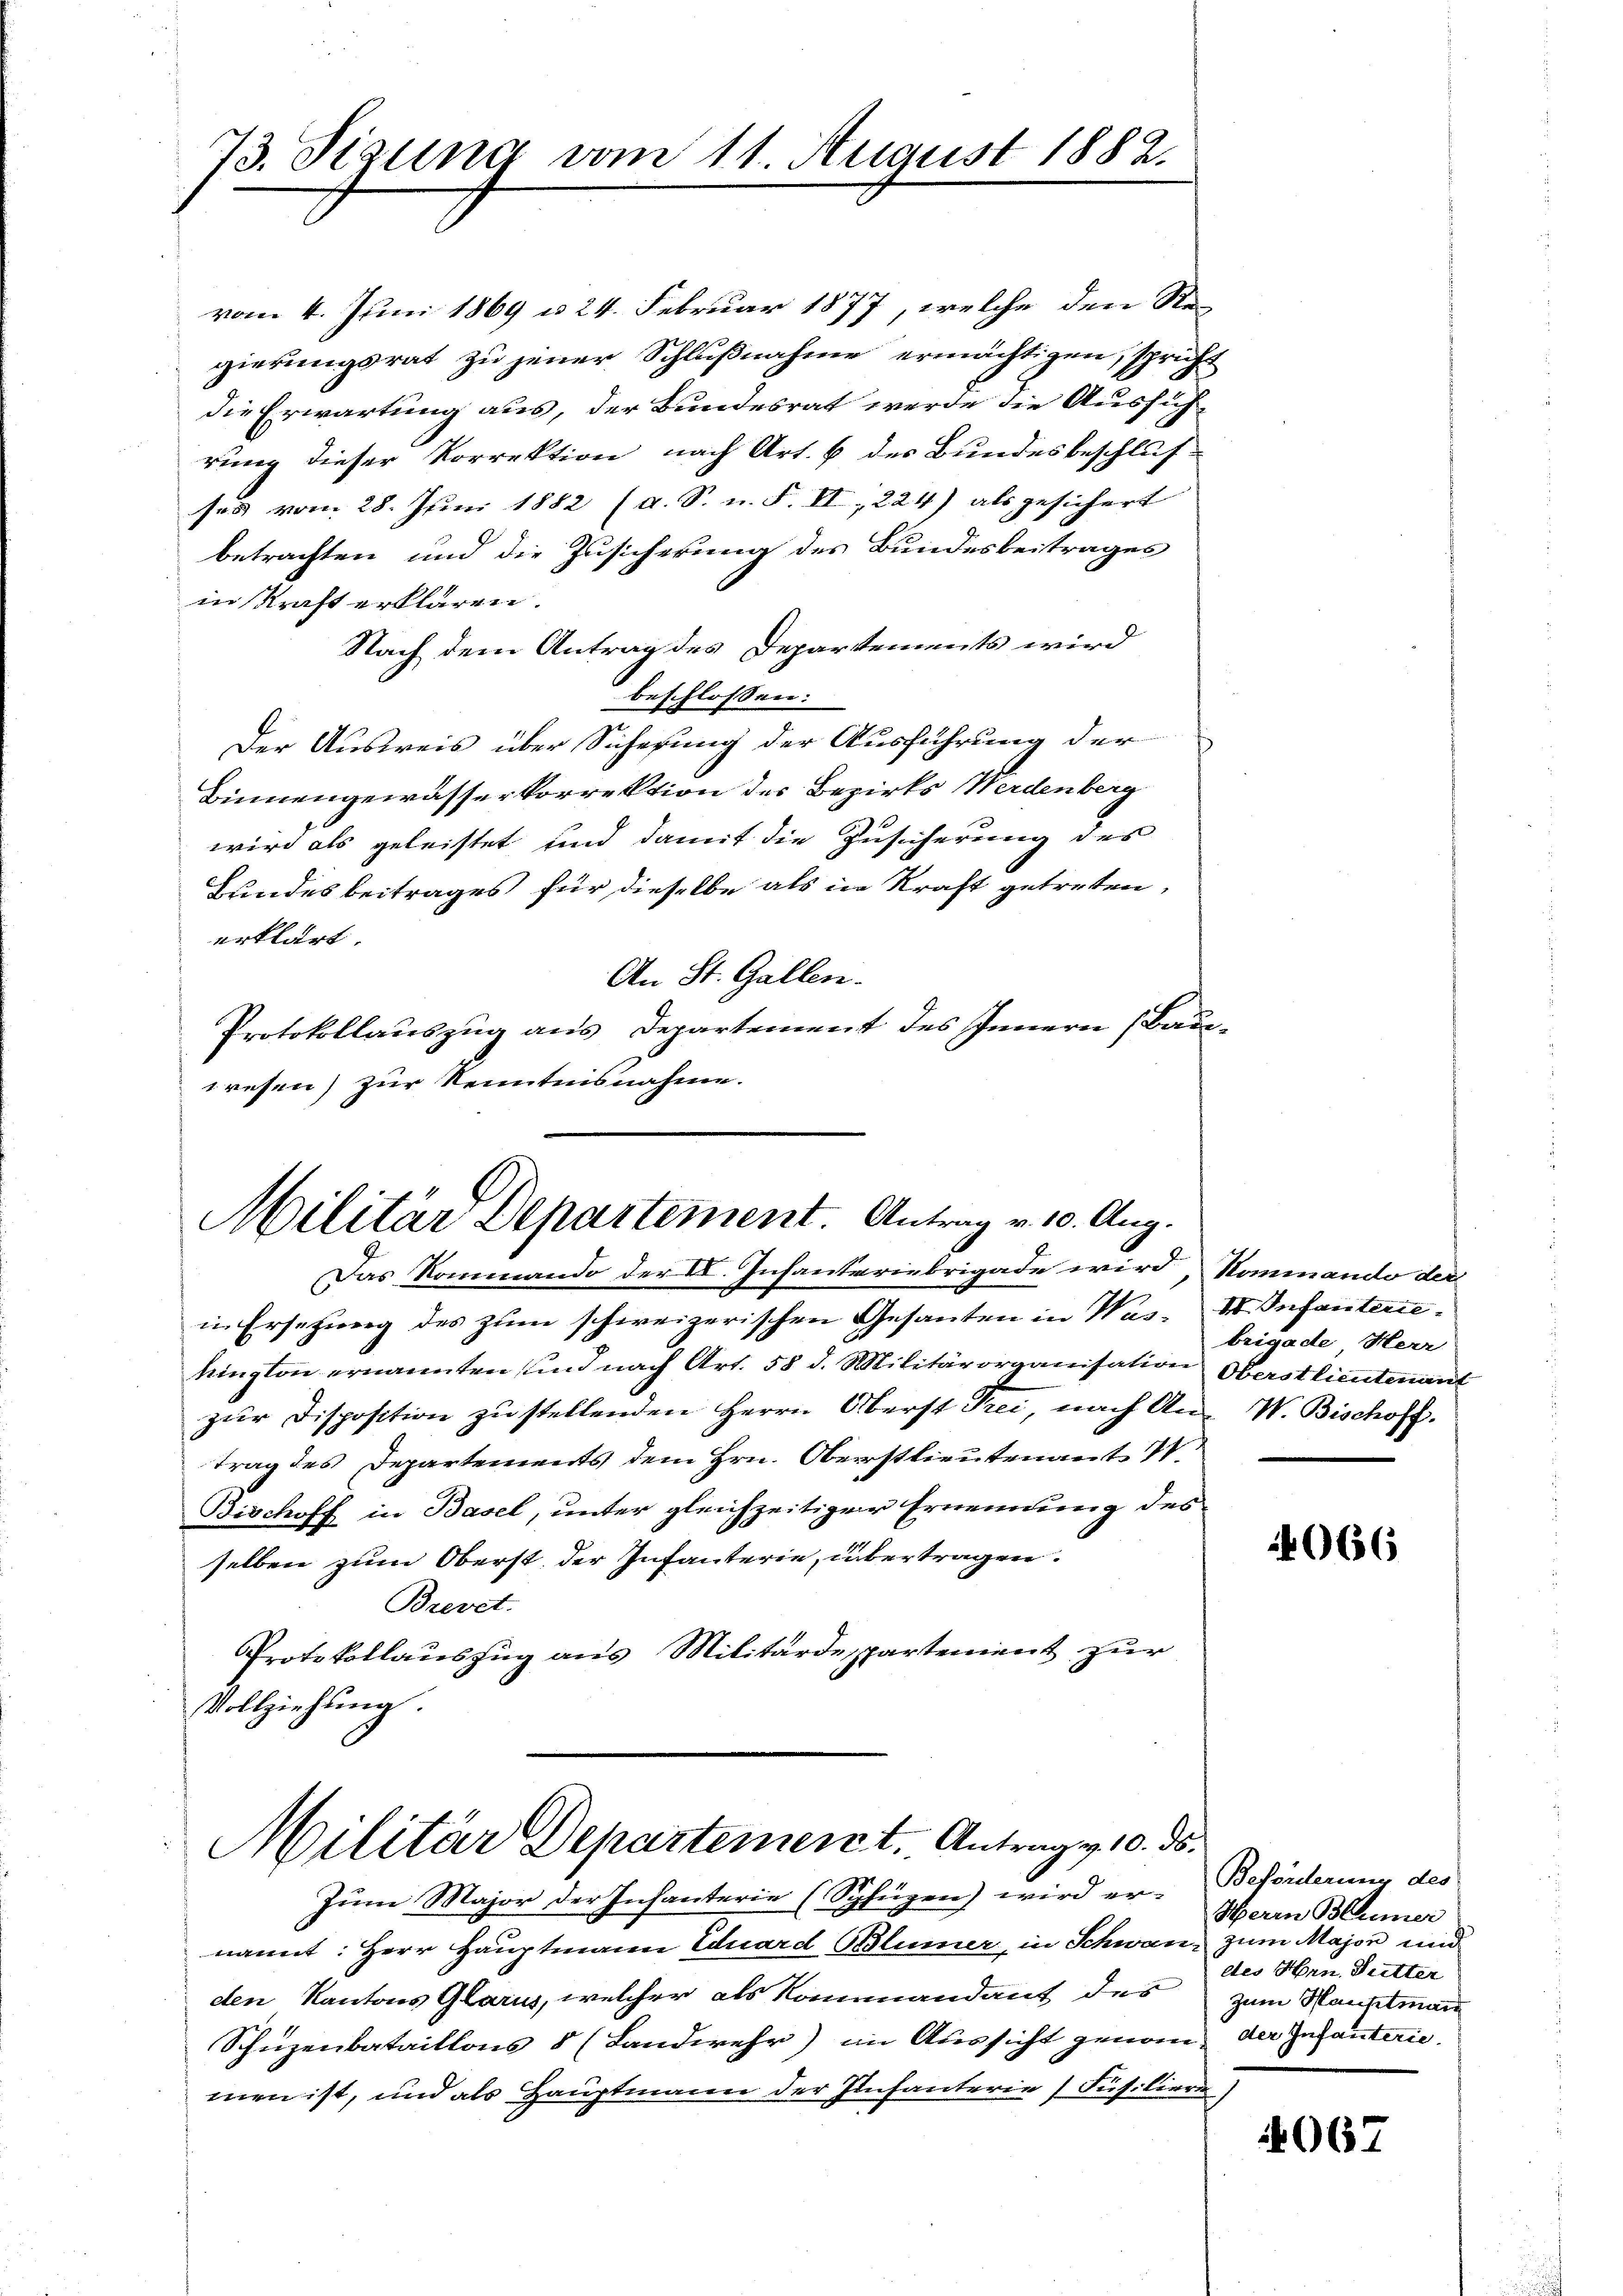
73. Sizung vom 11. August 1882.

vom 4. Juni 1869 u. 24. Februar 1877, welche den Regierungsrat zu jener Schlußnahme ermächtigen, spricht
die Erwartung aus, der Bundesrat werde die Aussichrung dieser Korrektion nach Art. 6 des Bundesbeschlus
ses vom 28. Juni 1882 (a. S. n. F. II, 224) als gesichert
betrachten und die Zusicherung des Bundesbeitrages
in Kraft erklären.
Nach dem Antrag des Departements wird
beschloßen:
Der Ausweis über Sicherung der Ausführung der
Binnengewässerkorrektion des Bezirks Werdenberg
wird als geleistet und damit die Zusicherung des
Hundesbeitrages für dieselbe als in Kraft getreten,
erklärt.
An St. Gallen.
Protokollauszug aus Departement des Innern (Bau-
wesen) zur Kenntnisnahme.

Militär Departement. Antrag v. 10. Aug.

Das Rommando der II. Infanteriebrigade wird, Kommando der
in Ersetzung des zum schweizerischen Gesanten in Wus. I. Infanteriekington ernannten und nach Art. 58 d. Militärorganisation Oberstlieutenant
zur Disposition zu stellenden Herrn Oberst Frei, nach An- W. Bischoff.
trag des Departements dem Hrn. Oberstlieutenant I.
Bischoff in Basel, unter gleichzeitiger Ernennung des
selben zum Oberst der Infanterie, übertragen.
Brevet.
Protokollauszug aus Militärdepartement zur
Vollziehung.
Militär Departement. Antragen 10. ds.
Zum Major der Infanterie (Spfügen) wird er-Beförderung des
nannt: Herr Hauptmann Eduard Blümer, in Schwan, zum Major und
den Kantons Glarus, welcher als Kommandant des zum Hauptmann
Schüzenbataillons 8 (Landwehr) im Aussicht genom, der Infanterimen ist, und als Hauptmann der Infanterie Füsilieren,

brigade Herr

4066

Herrn Blümer
des Hrn. Gutter

4067